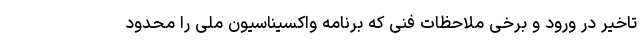
تاخیر در ورود و برخی ملاحظات فنی که برنامه واکسیناسیون ملی را محدود